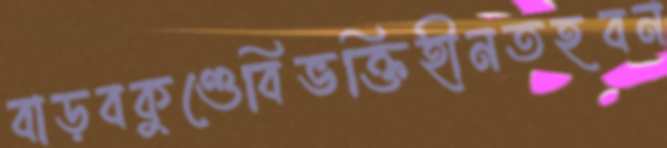
বাড়বকুণ্ডেবিভক্তিহীনতহবন